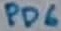
Text: PD6